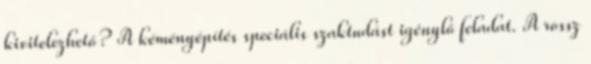
kivitelezhető? A kéményépítés speciális szaktudást igénylő feladat. A rossz